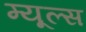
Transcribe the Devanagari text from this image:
म्यूल्स